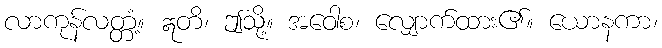
လာကုန်လတ္တံ့။ ဣတိ၊ ဤသို့။ အဝေါစ၊ လျှောက်ထား၏။ ယောနကာ၊